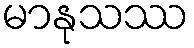
မာနုသဿ